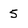
Character: 5